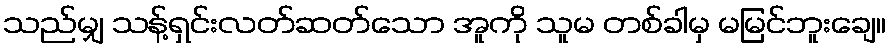
သည်မျှ သန့်ရှင်းလတ်ဆတ်သော အူကို သူမ တစ်ခါမှ မမြင်ဘူးချေ။